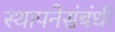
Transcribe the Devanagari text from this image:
स्थापनेसंबंधी